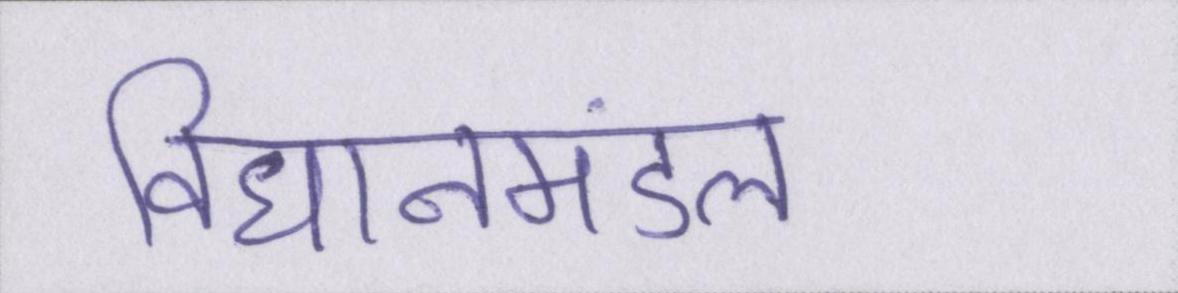
विधानमंडल